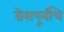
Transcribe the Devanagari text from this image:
ग्रेसपूर्वीचे